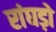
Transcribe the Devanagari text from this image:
रांघड़ो